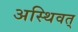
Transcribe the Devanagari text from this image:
अस्थिवत्